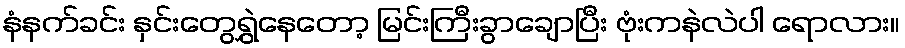
နံနက်ခင်း နှင်းတွေရွှဲနေတော့ မြင်းကြီးခွာချောပြီး ဗုံးကနဲလဲပါ ရောလား။